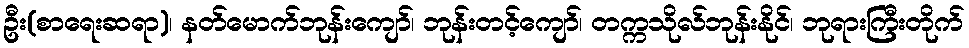
ဦး(စာရေးဆရာ)၊ နတ်မောက်ဘုန်းကျော်၊ ဘုန်းတင့်ကျော်၊ တက္ကသိုလ်ဘုန်းနိုင်၊ ဘုရားကြီးတိုက်